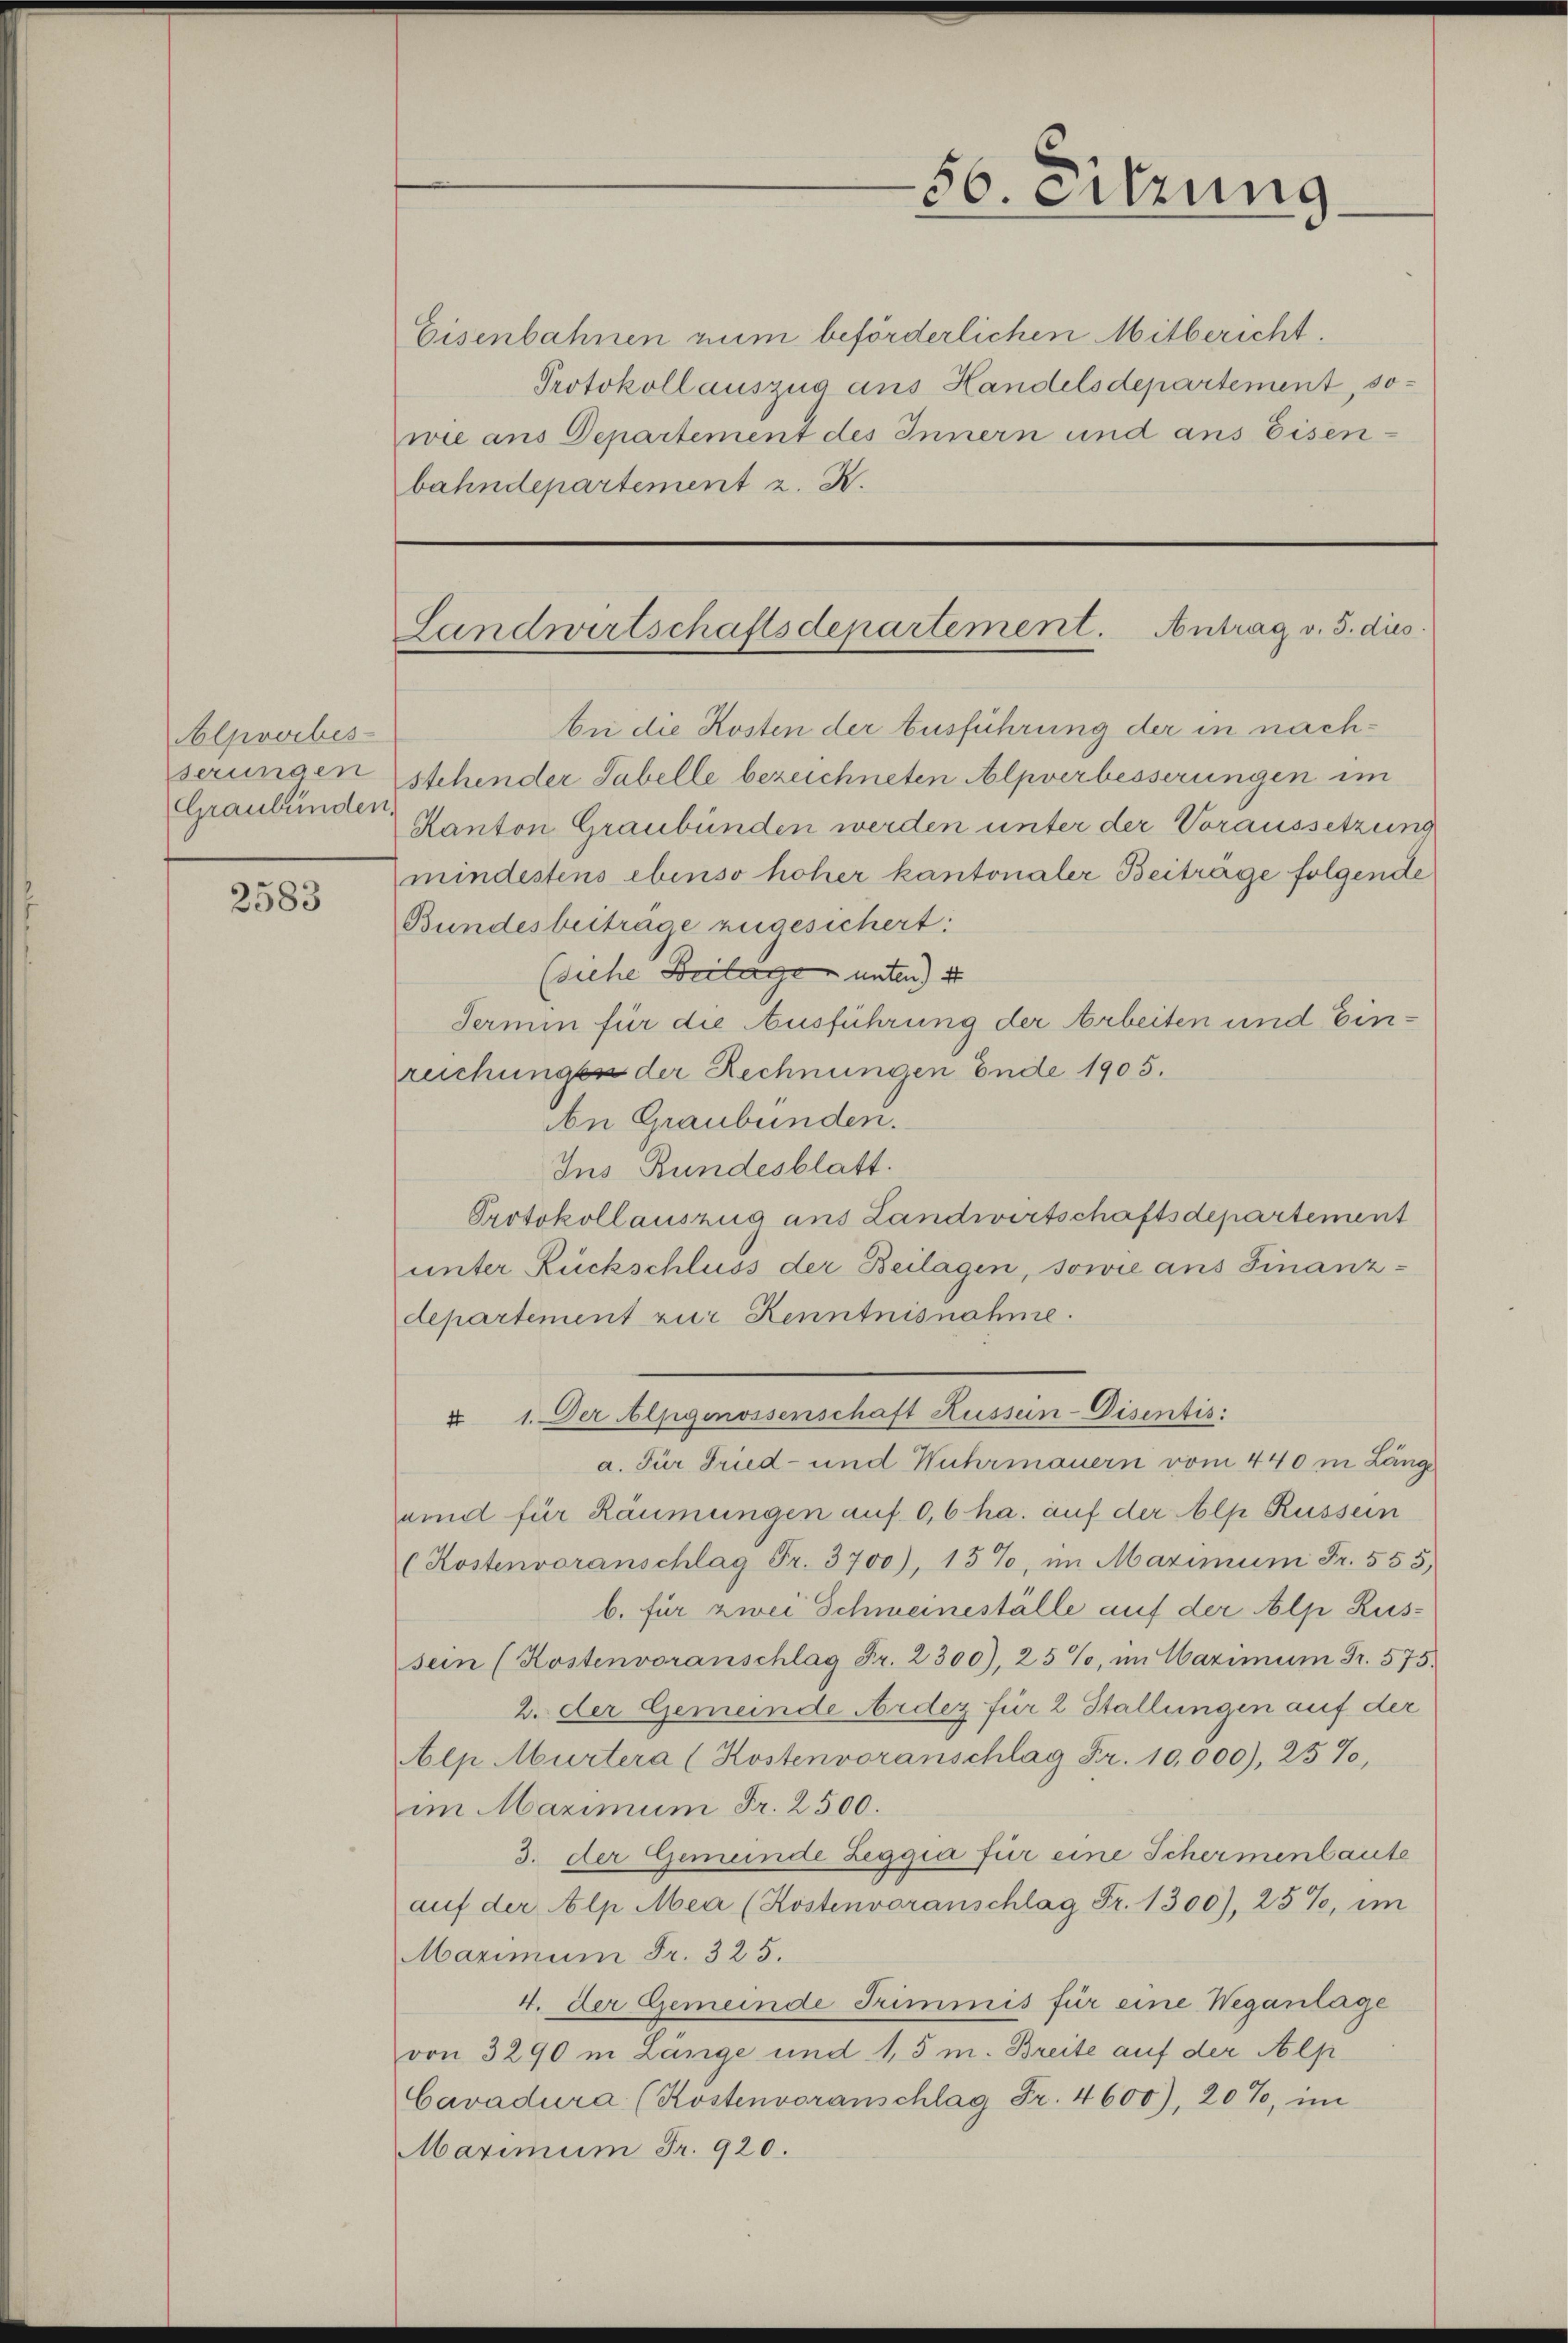
Alpvorbes
serungen
Graubünden,

2583

Eisenbahnen num beförderlichen Mitbericht.
Protokoll auszug aus Handelsdepartement, sowie ans Departement des Innern und aus Eisenbahndepartement z. R.

An die Kosten der Ausführung der in nachstehender Tabelle bezeichneten Alpverbesserungen im
Kanton Graubünden werden unter der Voraussetzung
mindestens ebenso hoher kantonaler Beitrage folgende
Bundesbeitrage zugesichert:
(siehe Beilage unten) 4
Termin für die Ausführung der Arbeiten und Einruchunges der Rechnungen Ende 1905.
An Graubünden.
Ins Bundesblatt.
Protokollauszug aus Landwirtschaftsdepartement
unter Rückschluss der Beilagen, sowie aus Finanzdepartement zur Kenntnisnahme.
a. Für Fried- und Wuhrmauern vom 440 in Länge
uid für Räumungen auf 0,6 ha. auf der Alp Russein
(Kostenvoranschlag Fr. 3700), 15%, im Maximum Fr. 555,
b. für zwei Schmeineställe auf der Alp Russein (Kostenvoranschlag Fr. 2300), 25%, im Maximum Fr. 575.
2. der Gemeinde Ardez für 2 Stallungen auf der
Alp Murtera (Kostenvoranschlag Fr. 10,000), 25%,
im Maximum Fr. 2500.
3. der Gemeinde Zeggia für eine Schermenlaute
auf der Alp Mea (Kostenvoranschlag Fr. 1300), 25%, im
Maximum Fr. 325.
4. der Gemeinde Trimmis für eine Weganlage
von 3290 in Länge und 1,5 m. Breite auf der Alp
Cavadura (Kostenvoranschlag Fr. 4600), 20%, im
Maximum Fr. 920.

56. eitzung

Landwirtschaftsdepartement. Antrag v. 5. dies

u 1. Der Alpgenossenschaft Kussen-Disentis: